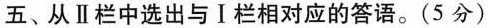
五、从Ⅱ栏中选出与Ⅰ栏相对应的答语。(5分)